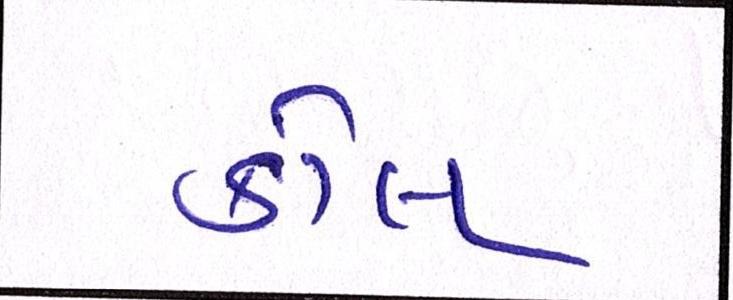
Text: કોલ